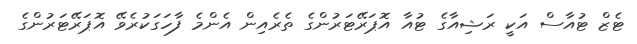
ޓެޒް ޓުއާސް އަކީ ރަޝިއާގެ ޓުއާ އޮޕަރޭޓަރުންގެ ތެރެއިން އެންމެ ފާހަގަކުރެވޭ އޮޕަރޭޓަރުންގެ